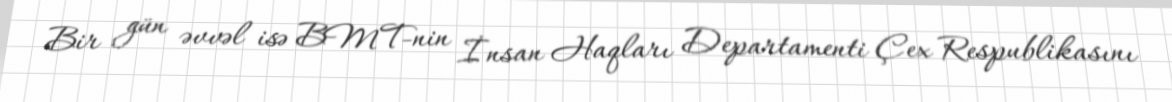
Bir gün əvvəl isə BMT-nin İnsan Haqları Departamenti Çex Respublikasını